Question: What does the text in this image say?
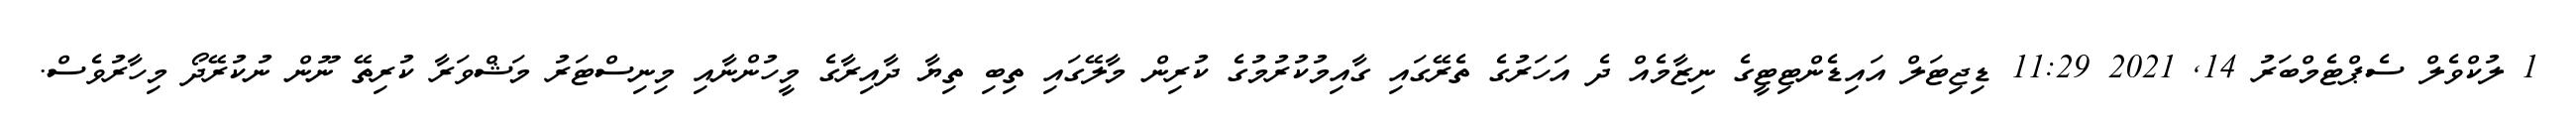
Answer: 1 ލުކްވެލް ސެޕްޓެމްބަރު 14, 2021 11:29 ޑިޖިޓަލް އައިޑެންޓިޓީގެ ނިޒާމެއް ދެ އަހަރުގެ ތެރޭގައި ގާއިމުކުރުމުގެ ކުރިން މާލޭގައި ތިބި ތިޔާ ދާއިރާގެ މީހުންނާއި މިނިސްޓަރު މަޝްވަރާ ކުރިތޭ ނޫން ނުކުރޭދޯ މިހާރުވެސް.